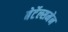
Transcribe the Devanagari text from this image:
बेर्टेल्समेन